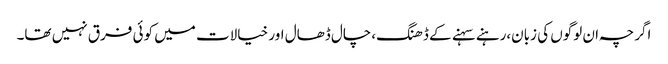
اگرچہ ان لوگوں کی زبان،رہنے سہنے کے ڈھنگ،چال ڈھال اور خیالات میں کوئی فرق نہیں تھا۔